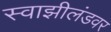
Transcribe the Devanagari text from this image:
स्वाझीलंडवर